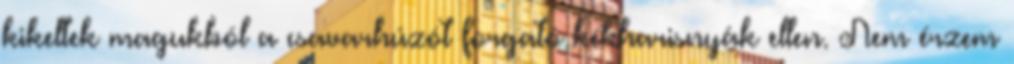
kikeltek magukból a csavarhúzót forgató kékharisnyák ellen. Nem érzem